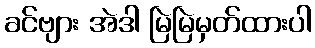
ခင်ဗျား အဲဒါ မြဲမြဲမှတ်ထားပါ